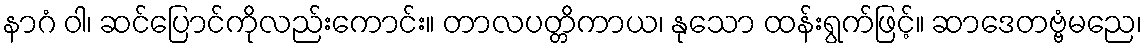
နာဂံ ဝါ၊ ဆင်ပြောင်ကိုလည်းကောင်း။ တာလပတ္တိကာယ၊ နုသော ထန်းရွက်ဖြင့်။ ဆာဒေတဗ္ဗံမညေ၊